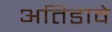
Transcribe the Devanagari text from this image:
अतिडावे